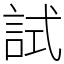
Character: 試